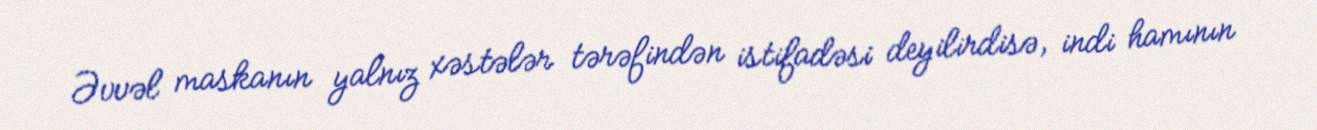
Əvvəl maskanın yalnız xəstələr tərəfindən istifadəsi deyilirdisə, indi hamının